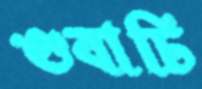
গুবাচি